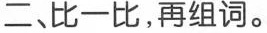
二、比一比，再组词。